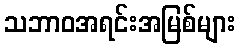
သဘာဝအရင်းအမြစ်များ